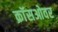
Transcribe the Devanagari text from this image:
क्राॅसओवर